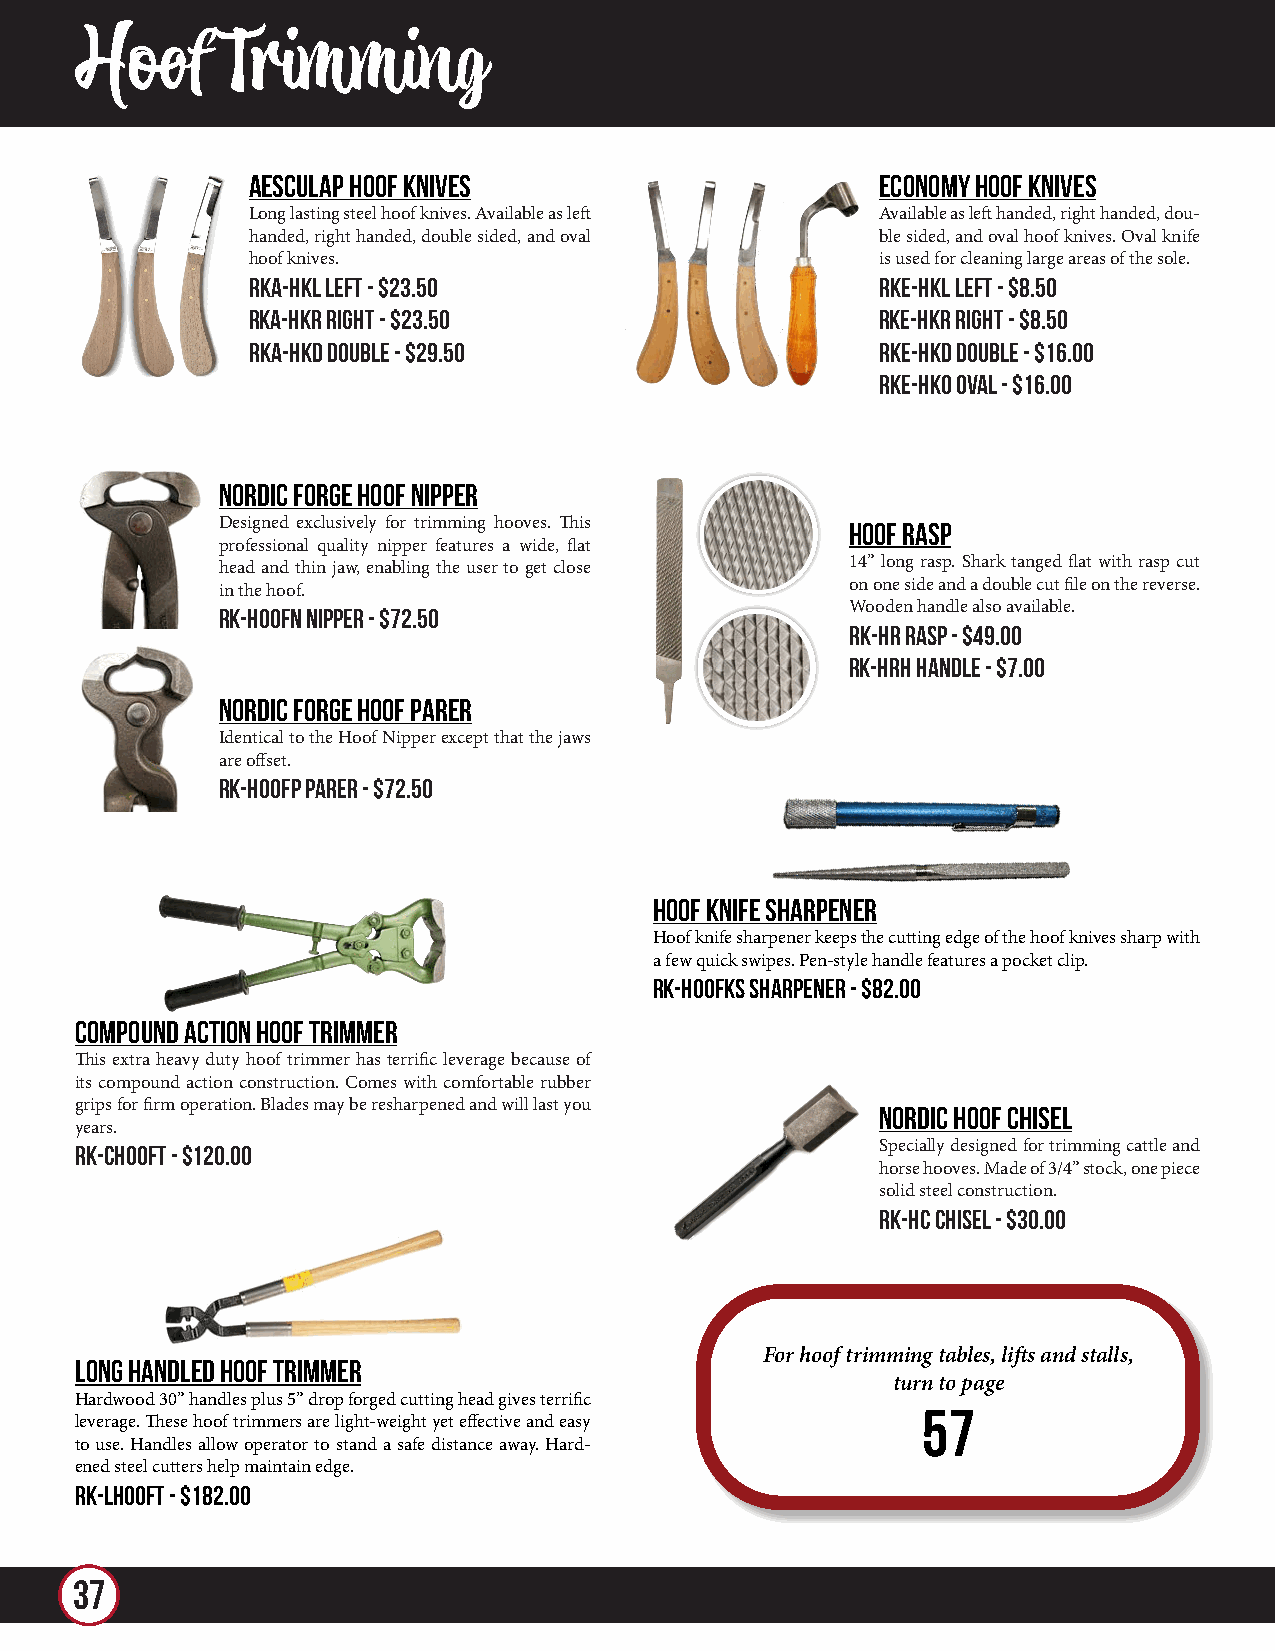
Hoof      Trimming
 AESCULAP HOOF KNIVES                      ECONOMY HOOF KNIVES
 Long lasting steel hoof knives. Available as left Available as left handed, right handed, dou-
 handed, right handed, double sided, and oval ble sided, and oval hoof knives. Oval knife
 hoof knives.                              is used for cleaning large areas of the sole.
 RKA-HKL Left - $23.50                     RKE-HKL Left - $8.50
 RKA-HKR Right - $23.50                    RKE-HKR Right - $8.50
 RKA-HKD Double - $29.50                   RKE-HKD Double - $16.00
 RKE-HKO Oval - $16.00
 NORDIC FORGE HOOF NIPPER
 Designed exclusively for trimming hooves. This Hoof Rasp
 professional quality nipper features a wide, flat
 14” long rasp. Shark tanged flat with rasp cut
 head and thin jaw, enabling the user to get close
 on one side and a double cut file on the reverse.
 in the hoof.
 RK-HOOFN Nipper - $72.50                  Wooden handle also available.
 RK-HR Rasp - $49.00
 RK-HRH Handle - $7.00
 NORDIC FORGE HOOF PARER
 Identical to the Hoof Nipper except that the jaws
 are offset.
 RK-HOOFP Parer - $72.50
 Hoof Knife Sharpener
 Hoof knife sharpener keeps the cutting edge of the hoof knives sharp with
 a few quick swipes. Pen-style handle features a pocket clip.
 RK-HOOFKS Sharpener - $82.00
 Compound Action Hoof Trimmer
 This extra heavy duty hoof trimmer has terrific leverage because of
 its compound action construction. Comes with comfortable rubber
 grips for firm operation. Blades may be resharpened and will last you Nordic Hoof Chisel
 years.
 RK-CHOOFT - $120.00                                  Specially designed for trimming cattle and
 horse hooves. Made of 3/4” stock, one piece
 solid steel construction.
 RK-HC Chisel - $30.00
 For hoof trimming tables, lifts and stalls,
 Long Handled Hoof Trimmer
 turn to page
 Hardwood 30” handles plus 5” drop forged cutting head gives terrific
 57
 leverage. These hoof trimmers are light-weight yet effective and easy
 to use. Handles allow operator to stand a safe distance away. Hard-
 ened steel cutters help maintain edge.
 RK-LHOOFT - $182.00
 37